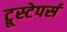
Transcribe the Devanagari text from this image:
ट्रूस्टेपर्स